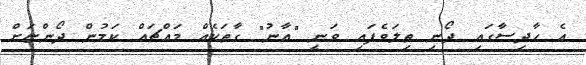
އެ ހާދިސާގައި ދޯނި ތިލަވެފައި ވަނީ "އާނު" ގާތަކެއް މައްޗައް ކަމުން ދޯންޏަށް